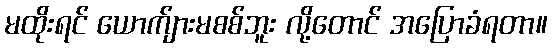
မထိုးရင် ယောက်ျားမစစ်ဘူး လို့တောင် အပြောခံရတာ။